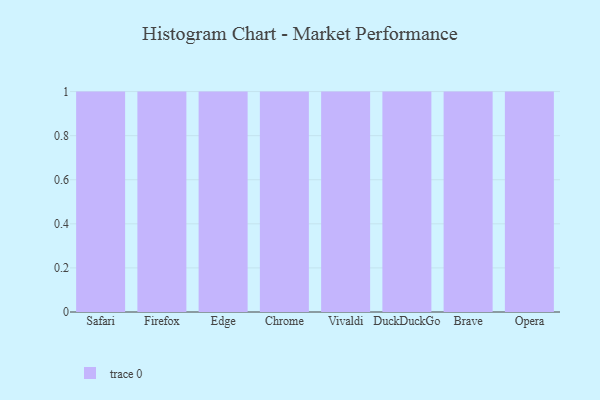
{"axis": {"x": "Browser", "y": "Humidity (%)"}, "legend": [""], "data": [{"x": "Safari", "y": 19, "type": ""}, {"x": "Firefox", "y": 10, "type": ""}, {"x": "Edge", "y": 39, "type": ""}, {"x": "Chrome", "y": 3, "type": ""}, {"x": "Vivaldi", "y": 93, "type": ""}, {"x": "DuckDuckGo", "y": 4, "type": ""}, {"x": "Brave", "y": 93, "type": ""}, {"x": "Opera", "y": 72, "type": ""}]}